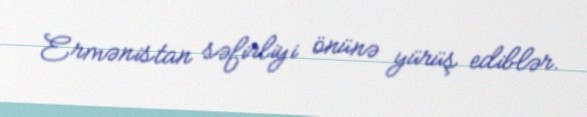
Ermənistan səfirliyi önünə yürüş ediblər.